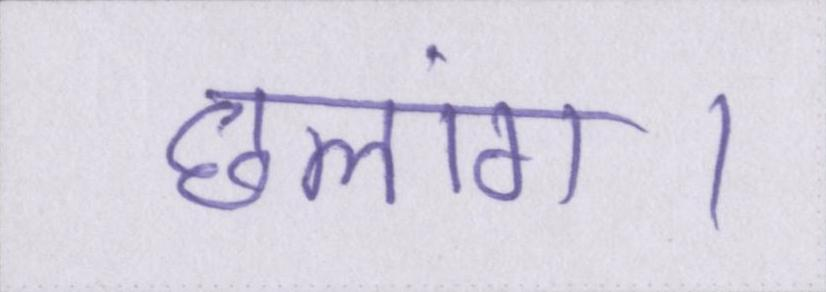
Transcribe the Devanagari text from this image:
छलांग।